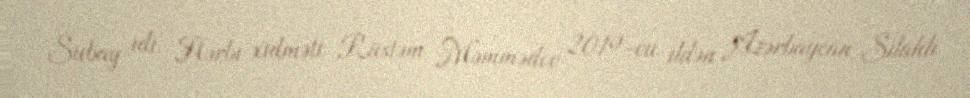
Subay idi. Hərbi xidməti Rüstəm Məmmədov 2019-cu ildən Azərbaycan Silahlı